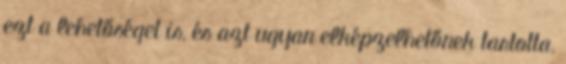
ezt a lehetőséget is, és azt ugyan elképzelhetőnek tartotta,